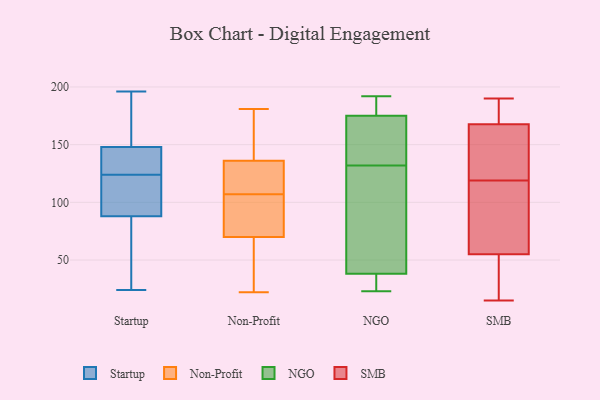
{"axis": {"x": "Revenue (USD Million)", "y": "Value"}, "legend": ["NGO", "Non-Profit", "SMB", "Startup"], "data": [{"x": "", "y": 127, "type": "Startup"}, {"x": "", "y": 77, "type": "Startup"}, {"x": "", "y": 88, "type": "Startup"}, {"x": "", "y": 148, "type": "Startup"}, {"x": "", "y": 121, "type": "Startup"}, {"x": "", "y": 156, "type": "Startup"}, {"x": "", "y": 196, "type": "Startup"}, {"x": "", "y": 90, "type": "Startup"}, {"x": "", "y": 24, "type": "Startup"}, {"x": "", "y": 143, "type": "Startup"}, {"x": "", "y": 136, "type": "Non-Profit"}, {"x": "", "y": 104, "type": "Non-Profit"}, {"x": "", "y": 110, "type": "Non-Profit"}, {"x": "", "y": 42, "type": "Non-Profit"}, {"x": "", "y": 75, "type": "Non-Profit"}, {"x": "", "y": 147, "type": "Non-Profit"}, {"x": "", "y": 125, "type": "Non-Profit"}, {"x": "", "y": 159, "type": "Non-Profit"}, {"x": "", "y": 134, "type": "Non-Profit"}, {"x": "", "y": 97, "type": "Non-Profit"}, {"x": "", "y": 181, "type": "Non-Profit"}, {"x": "", "y": 70, "type": "Non-Profit"}, {"x": "", "y": 26, "type": "Non-Profit"}, {"x": "", "y": 22, "type": "Non-Profit"}, {"x": "", "y": 152, "type": "NGO"}, {"x": "", "y": 124, "type": "NGO"}, {"x": "", "y": 140, "type": "NGO"}, {"x": "", "y": 23, "type": "NGO"}, {"x": "", "y": 52, "type": "NGO"}, {"x": "", "y": 192, "type": "NGO"}, {"x": "", "y": 26, "type": "NGO"}, {"x": "", "y": 175, "type": "NGO"}, {"x": "", "y": 68, "type": "NGO"}, {"x": "", "y": 183, "type": "NGO"}, {"x": "", "y": 38, "type": "NGO"}, {"x": "", "y": 178, "type": "NGO"}, {"x": "", "y": 164, "type": "NGO"}, {"x": "", "y": 23, "type": "NGO"}, {"x": "", "y": 168, "type": "SMB"}, {"x": "", "y": 99, "type": "SMB"}, {"x": "", "y": 15, "type": "SMB"}, {"x": "", "y": 190, "type": "SMB"}, {"x": "", "y": 167, "type": "SMB"}, {"x": "", "y": 42, "type": "SMB"}, {"x": "", "y": 176, "type": "SMB"}, {"x": "", "y": 167, "type": "SMB"}, {"x": "", "y": 119, "type": "SMB"}, {"x": "", "y": 28, "type": "SMB"}, {"x": "", "y": 94, "type": "SMB"}]}